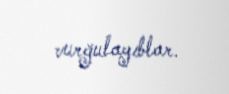
vurğulayıblar.